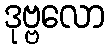
ဒုဗ္ဗလော